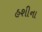
હશીના